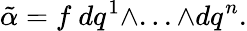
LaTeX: {\tilde{\alpha}}=f~dq^{1}\wedge...\wedge dq^{n}.